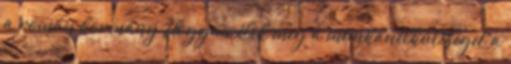
a román kormány Hogyan élik meg a munkanélküliséget a